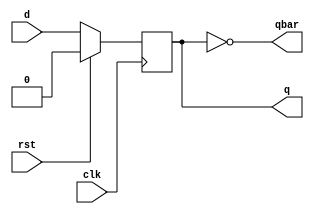
module top_master_slave(q,qbar,clk,rst,d);
        output reg q;
        output qbar;
        input clk, rst;
        input d;

        assign qbar = ~q;

        always @(posedge clk)
        begin
                if (rst)
                        q <= 0;
                else
                        q <= d;
        end
endmodule